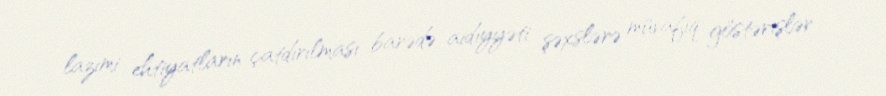
lazımi ehtiyatların çatdırılması barədə aidiyyəti şəxslərə müvafiq göstərişlər